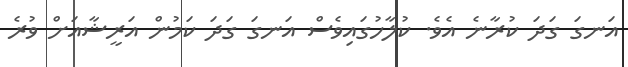
އަނގަ ގަދަ ކުރާނެ އެވެ. ކުލާހުގައިވެސް އަނގަ ގަދަ ކަމުން އަރީޝާއަށް ވުރެ